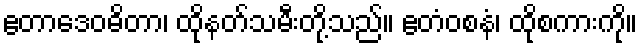
ဧတာဒေဝဓိတာ၊ ထိုနတ်သမီးတို့သည်။ ဧတံဝစနံ၊ ထိုစကားကို။